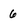
Character: 6